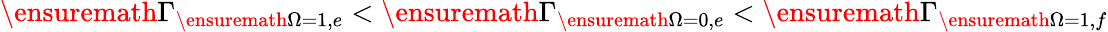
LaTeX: \ensuremath{\Gamma}_{\ensuremath{\Omega}=1,e}<\ensuremath{\Gamma}_{\ensuremath{\Omega}=0,e}<\ensuremath{\Gamma}_{\ensuremath{\Omega}=1,f}